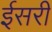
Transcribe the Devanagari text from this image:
ईसरी